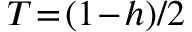
T \! = \! ( 1 \! - \! h ) / 2